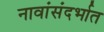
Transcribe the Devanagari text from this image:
नावांसंदर्भात